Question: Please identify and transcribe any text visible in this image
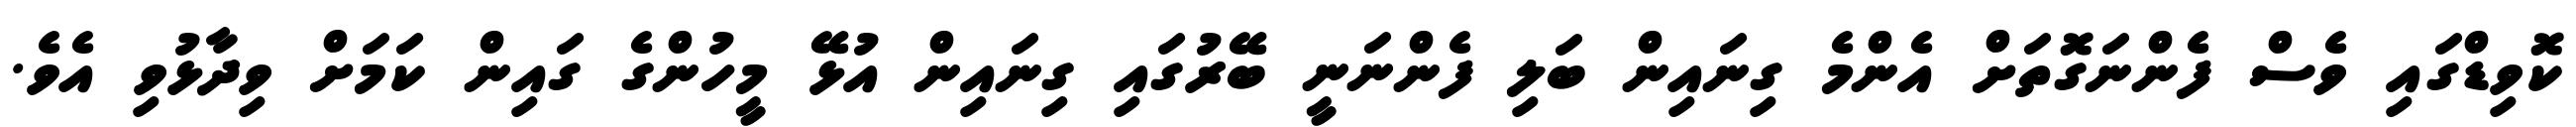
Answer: ކޮވިޑްގައި ވެސް ފެންނަގޮތަށް އެންމެ ގިނައިން ބަލި ފެންނަނީ ބޭރުގައި ގިނައިން އުޅޭ މީހުންގެ ގައިން ކަމަށް ވިދާޅުވި އެވެ.